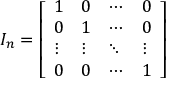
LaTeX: I _ { n } = { \left[ \begin{array} { l l l l } { 1 } & { 0 } & { \cdots } & { 0 } \\ { 0 } & { 1 } & { \cdots } & { 0 } \\ { \vdots } & { \vdots } & { \ddots } & { \vdots } \\ { 0 } & { 0 } & { \cdots } & { 1 } \end{array} \right] }